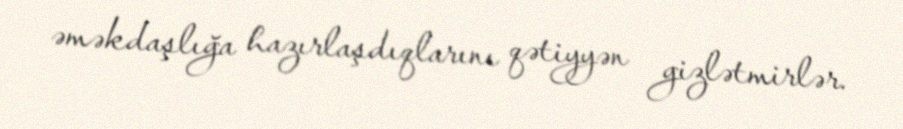
əməkdaşlığa hazırlaşdıqlarını qətiyyən gizlətmirlər.